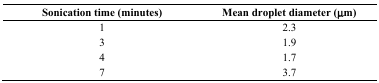
<table><thead><tr><td><b>Sonication time (minutes)</b></td><td><b>Mean droplet diameter (μm)</b></td></tr></thead><tbody><tr><td>1</td><td>2.3</td></tr><tr><td>3</td><td>1.9</td></tr><tr><td>4</td><td>1.7</td></tr><tr><td>7</td><td>3.7</td></tr></tbody></table>